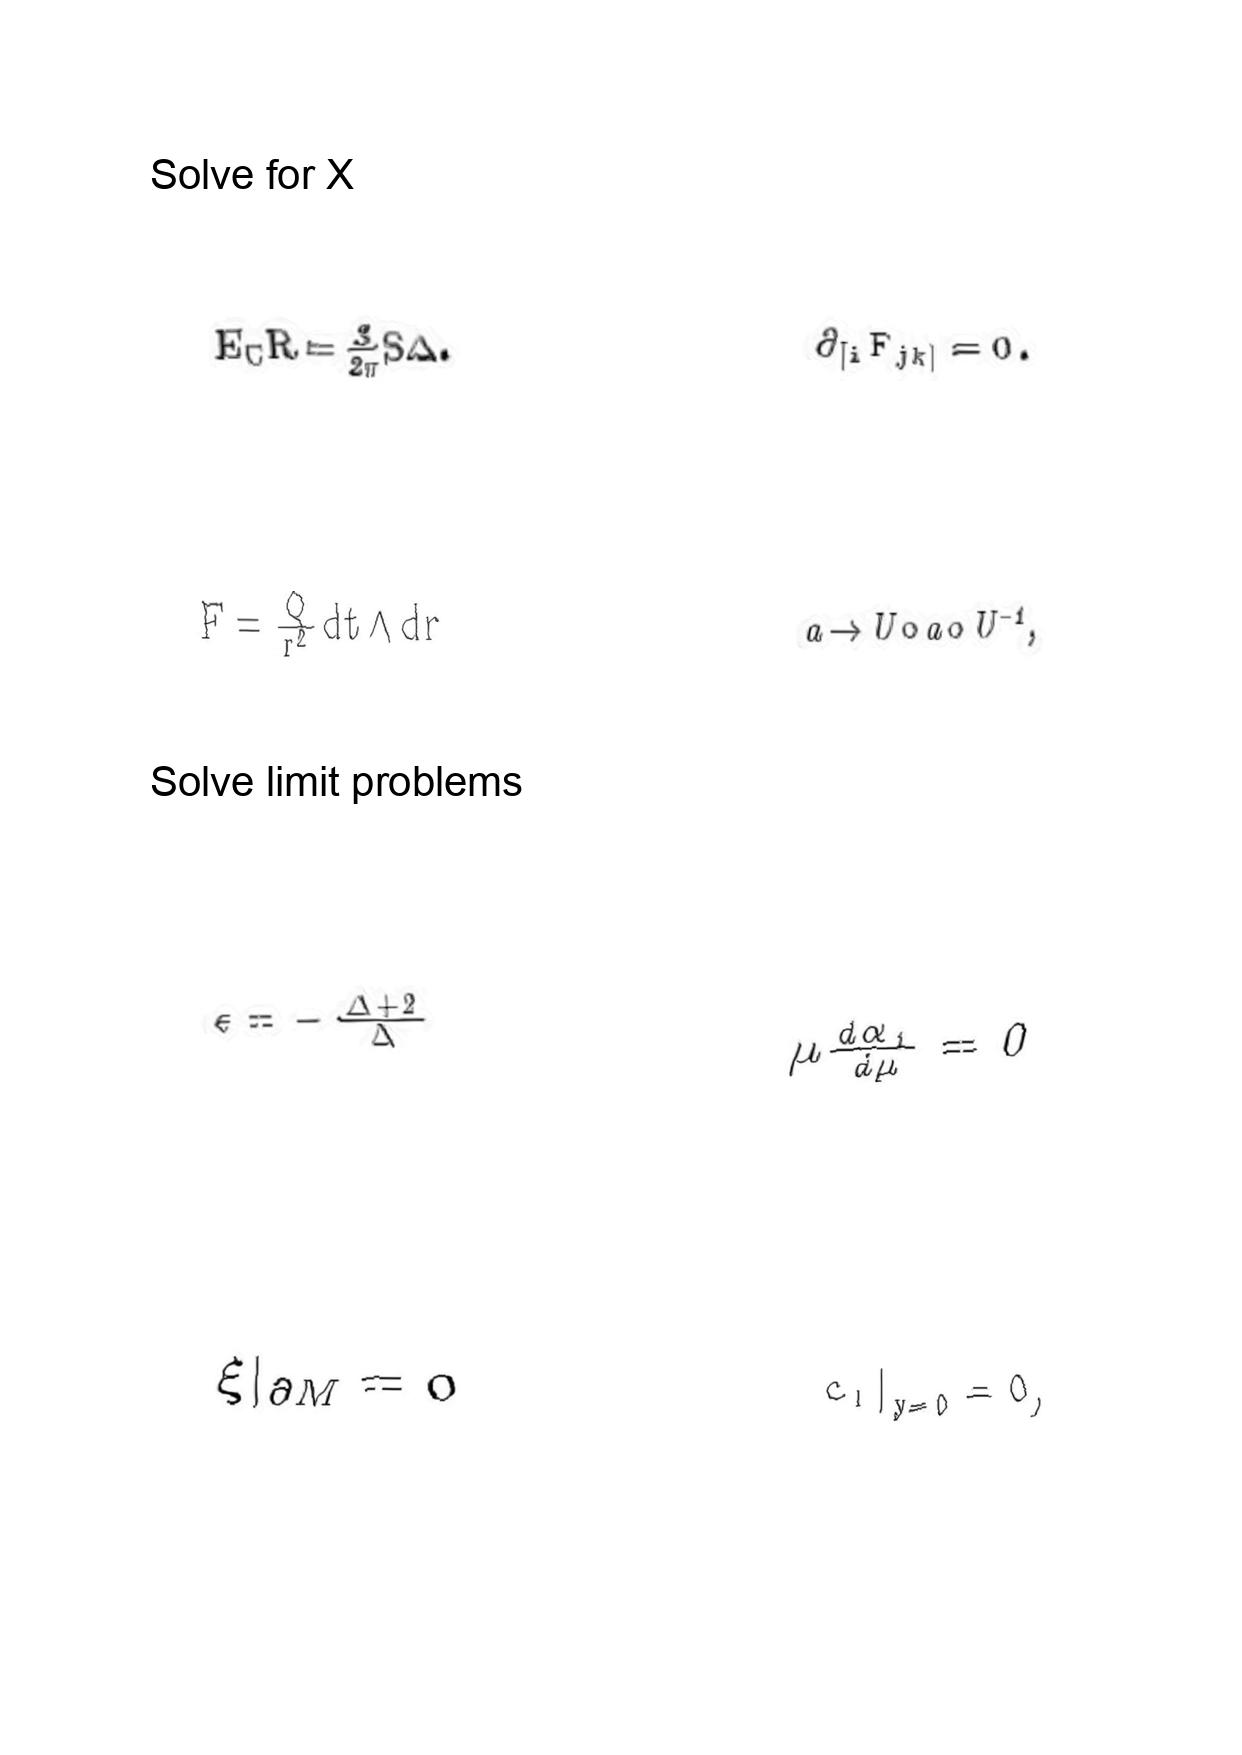
LaTeX transcription:
E _ { C } R = \frac { 3 } { 2 \pi } S \Delta .
F = \frac { Q } { r ^ { 2 } } d t \wedge d r
\epsilon = - \frac { \Delta + 2 } { \Delta }
\xi \vert _ { \partial M } = 0
\partial _ { \lbrack i } F _ { j k \rbrack } = 0 .
a \rightarrow U \circ a \circ U ^ { - 1 } ,
\mu \frac { d \alpha _ { 1 } } { d \mu } = 0
 c _ { l } \vert _ { y = 0 } = 0 ,